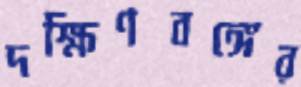
দক্ষিণবঙ্গের